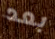
بعد